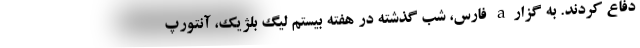
دفاع کردند. به گزارa فارس، شب گذشته در هفته بیستم لیگ بلژیک، آنتورپ